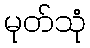
မုတ်သုံ